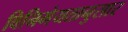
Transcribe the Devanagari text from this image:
विनिमेयतानुसार